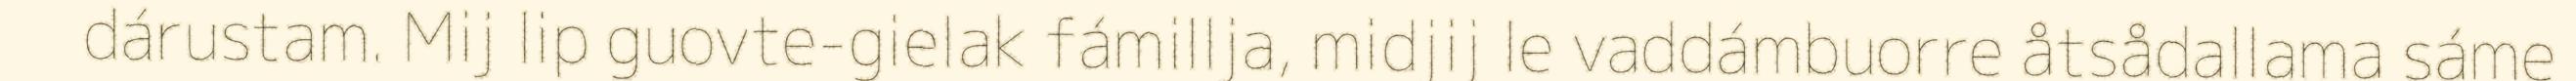
dárustam. Mij lip guovte-gielak fámillja, midjij le vaddámbuorre åtsådallama sáme